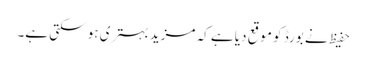
حفیظ نے بورڈ کو موقع دیا ہے کہ مزید بہتری ہو سکتی ہے۔